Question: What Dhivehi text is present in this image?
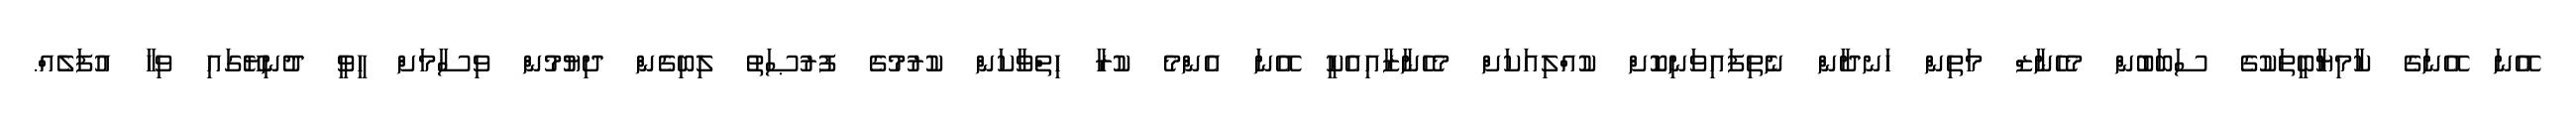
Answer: އޭނަ އޭނަގެ ކާމިޔާބީތަކުގެ ސަބަބުން މެހެނާޒް މަތިން ހަނދާން ނެތިފައިވަނިކޮށް ކުއްލިއަކަށް މެހެނާޒާއިއެކީ އޭނަ އެންމެ ކުރާ ހިތްވާކަން ކުރުމުގެ ފުރުޞަތު ލިބިގެން ދިޔުމުން ވިސާމަށް ހީވީ ދުނިޔޭގައި ވިހާ އުފަލެއް.